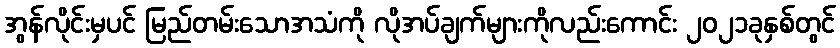
အွန်လိုင်းမှပင် မြည်တမ်းသောအသံကို လိုအပ်ချက်များကိုလည်းကောင်း ၂၀၂၁ခုနှစ်တွင်